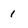
Character: I